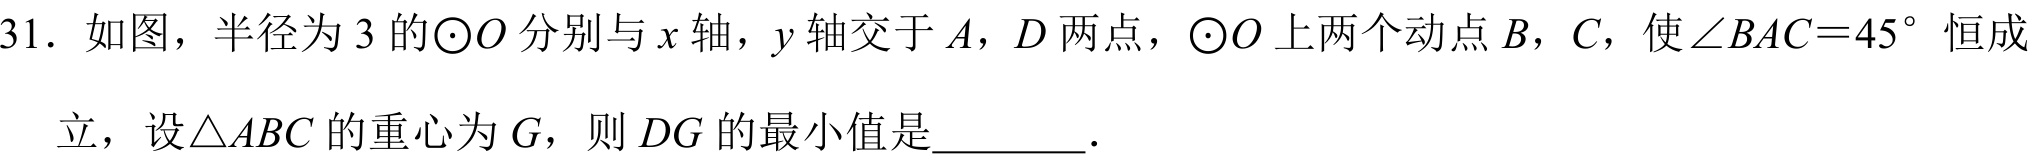
31. 如图，半径为\(3\)的\(\odot O\)分别与\(x\)轴，\(y\)轴交于\(A\)，\(D\)两点，\(\odot O\)上两个动点\(B\)，\(C\)，使\(\angle BAC = 45^{\circ}\)恒成立，设\(\triangle ABC\)的重心为\(G\)，则\(DG\)的最小值是________.